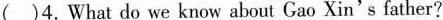
( )4.What do we know about Gao Xin's father?